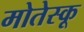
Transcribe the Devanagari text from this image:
मोतेस्कू